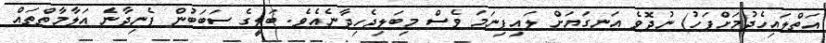
އަތްލައިހެދުމަށްފަހު) ނުދޮވެ އަނގަޔަށް ލައިފިނަމަ ވެސް މިބަލިޖެހިދާނެއެވެ. ބަލީގެ ސަބަބުން ފެނިދާނެ އަލާމާތްތައް